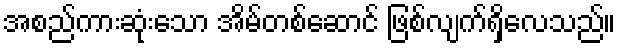
အစည်ကားဆုံးသော အိမ်တစ်ဆောင် ဖြစ်လျက်ရှိလေသည်။